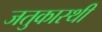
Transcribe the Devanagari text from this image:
जतुकास्थी